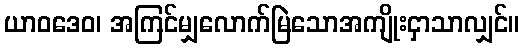
ယာဝဒေဝ၊ အကြင်မျှလောက်မြဲသောအကျိုးငှာသာလျှင်။